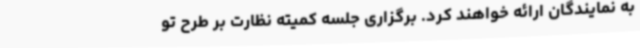
به نمایندگان ارائه خواهند کرد. برگزاری جلسه کمیته نظارت بر طرح تو